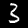
Digit: 3